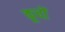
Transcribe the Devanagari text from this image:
कूचों